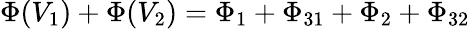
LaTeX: \Phi(V_{\mathrm{1}})+\Phi(V_{\mathrm{2}})=\Phi_{\mathrm{1}}+\Phi_{\mathrm{31}}+\Phi_{\mathrm{2}}+\Phi_{\mathrm{32}}